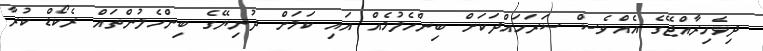
ދިވެހިރާއްޖޭގެ އެއްވެސް ސަރަހައްދަކަށް ބިންހެލުމެއް އައި ކަމަށް ދުނިޔޭގެ ބިންހެލުންތައް ރެކޯޑް ކުރާ